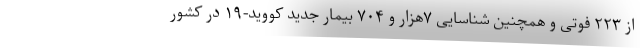
از ۲۲۳ فوتی و همچنین شناسایی ۷هزار و ۷۰۴ بیمار جدید کووید-۱۹ در کشور